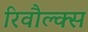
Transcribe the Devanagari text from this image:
रिवौल्क्स